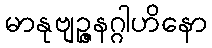
မာနုဗျဉ္ဇနဂ္ဂါဟိနော